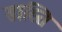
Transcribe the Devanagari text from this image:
सास्ति